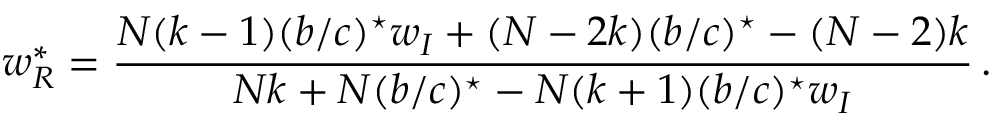
w _ { R } ^ { * } = \frac { N ( k - 1 ) ( b / c ) ^ { \star } w _ { I } + ( N - 2 k ) ( b / c ) ^ { \star } - ( N - 2 ) k } { N k + N ( b / c ) ^ { \star } - N ( k + 1 ) ( b / c ) ^ { \star } w _ { I } } \, .